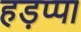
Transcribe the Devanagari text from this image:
हड़प्‍पा